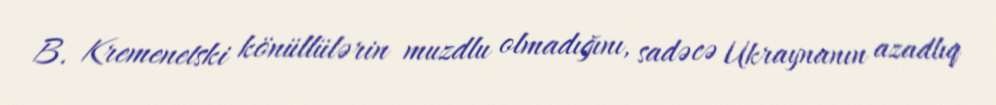
B. Kremenetski könüllülərin muzdlu olmadığını, sadəcə Ukraynanın azadlıq